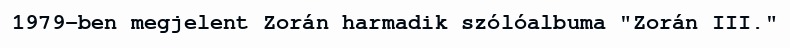
1979-ben megjelent Zorán harmadik szólóalbuma "Zorán III."